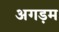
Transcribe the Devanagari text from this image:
अगड़म